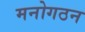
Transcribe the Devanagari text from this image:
मनोगठन